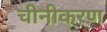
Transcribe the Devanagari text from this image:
चीनीकरण